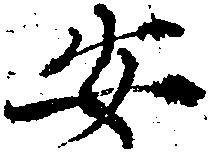
安